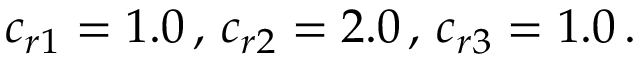
c _ { r 1 } = 1 . 0 \, , \, c _ { r 2 } = 2 . 0 \, , \, c _ { r 3 } = 1 . 0 \, .